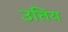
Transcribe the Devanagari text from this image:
उत्तिय